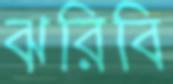
ঝরিবি